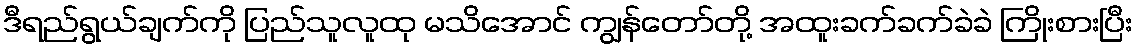
ဒီရည်ရွယ်ချက်ကို ပြည်သူလူထု မသိအောင် ကျွန်တော်တို့ အထူးခက်ခက်ခဲခဲ ကြိုးစားပြီး